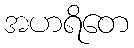
အဟရိတေ